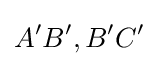
A'B',B'C'